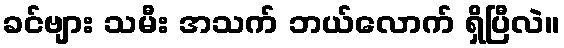
ခင်ဗျား သမီး အသက် ဘယ်လောက် ရှိပြီလဲ။